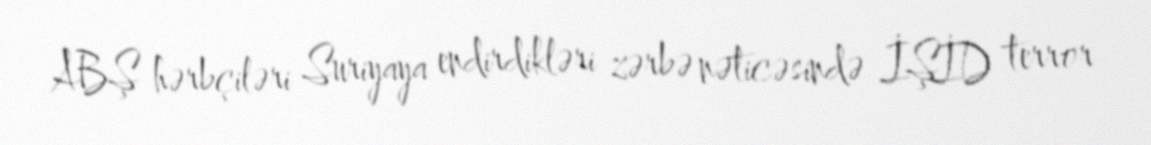
ABŞ hərbçiləri Suriyaya endirdikləri zərbə nəticəsində İŞİD terror